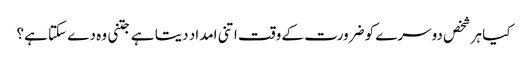
کیا ہر شخص دوسرے کو ضرورت کے وقت اتنی امداد دیتا ہے جتنی وہ دے سکتا ہے؟